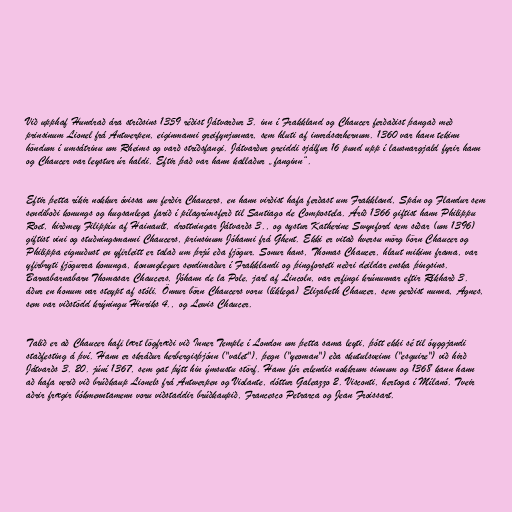
Við upphaf Hundrað ára stríðsins 1359 réðist Játvarður 3. inn í Frakkland og Chaucer ferðaðist þangað með
prinsinum Lionel frá Antwerpen, eiginmanni greifynjunnar, sem hluti af innrásarhernum. 1360 var hann tekinn
höndum í umsátrinu um Rheims og varð stríðsfangi. Játvarður greiddi sjálfur 16 pund upp í lausnargjald fyrir hann
og Chaucer var leystur úr haldi. Eftir það var hann kallaður „fanginn“.

Eftir þetta ríkir nokkur óvissa um ferðir Chaucers, en hann virðist hafa ferðast um Frakkland, Spán og Flandur sem
sendiboði konungs og hugsanlega farið í pílagrímsferð til Santiago de Compostela. Árið 1366 giftist hann Philippu
Roet, hirðmey Filippíu af Hainault, drottningar Játvarðs 3., og systur Katherine Swynford sem síðar (um 1396)
giftist vini og stuðningsmanni Chaucers, prinsinum Jóhanni frá Ghent. Ekki er vitað hversu mörg börn Chaucer og
Philippa eignuðust en yfirleitt er talað um þrjú eða fjögur. Sonur hans, Thomas Chaucer, hlaut mikinn frama, var
yfirbryti fjögurra konunga, konunglegur sendimaður í Frakklandi og þingforseti neðri deildar enska þingsins.
Barnabarnabarn Thomasar Chaucers, Jóhann de la Pole, jarl af Lincoln, var erfingi krúnunnar eftir Ríkharð 3.
áður en honum var steypt af stóli. Önnur börn Chaucers voru (líklega) Elizabeth Chaucer, sem gerðist nunna, Agnes,
sem var viðstödd krýningu Hinriks 4., og Lewis Chaucer.

Talið er að Chaucer hafi lært lögfræði við Inner Temple í London um þetta sama leyti, þótt ekki sé til óyggjandi
staðfesting á því. Hann er skráður herbergisþjónn ("valet"), þegn ("yeoman") eða skutulsveinn ("esquire") við hirð
Játvarðs 3. 20. júní 1367, sem gat þýtt hin ýmsustu störf. Hann fór erlendis nokkrum sinnum og 1368 kann hann
að hafa verið við brúðkaup Lionels frá Antwerpen og Violante, dóttur Galeazzo 2. Visconti, hertoga í Mílanó. Tveir
aðrir frægir bókmenntamenn voru viðstaddir brúðkaupið, Francesco Petrarca og Jean Froissart.